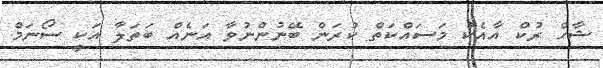
ޝާހް ރުކް އާއެކު މަސައްކަތް ކުރަން ބޭނުންނުވާ އަނެއް ބަތަލާ އަކީ ސޯނަމް